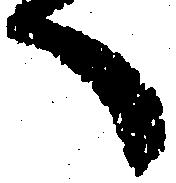
へ